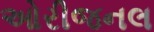
ઓરીજનલ